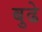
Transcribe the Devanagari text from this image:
बुढे